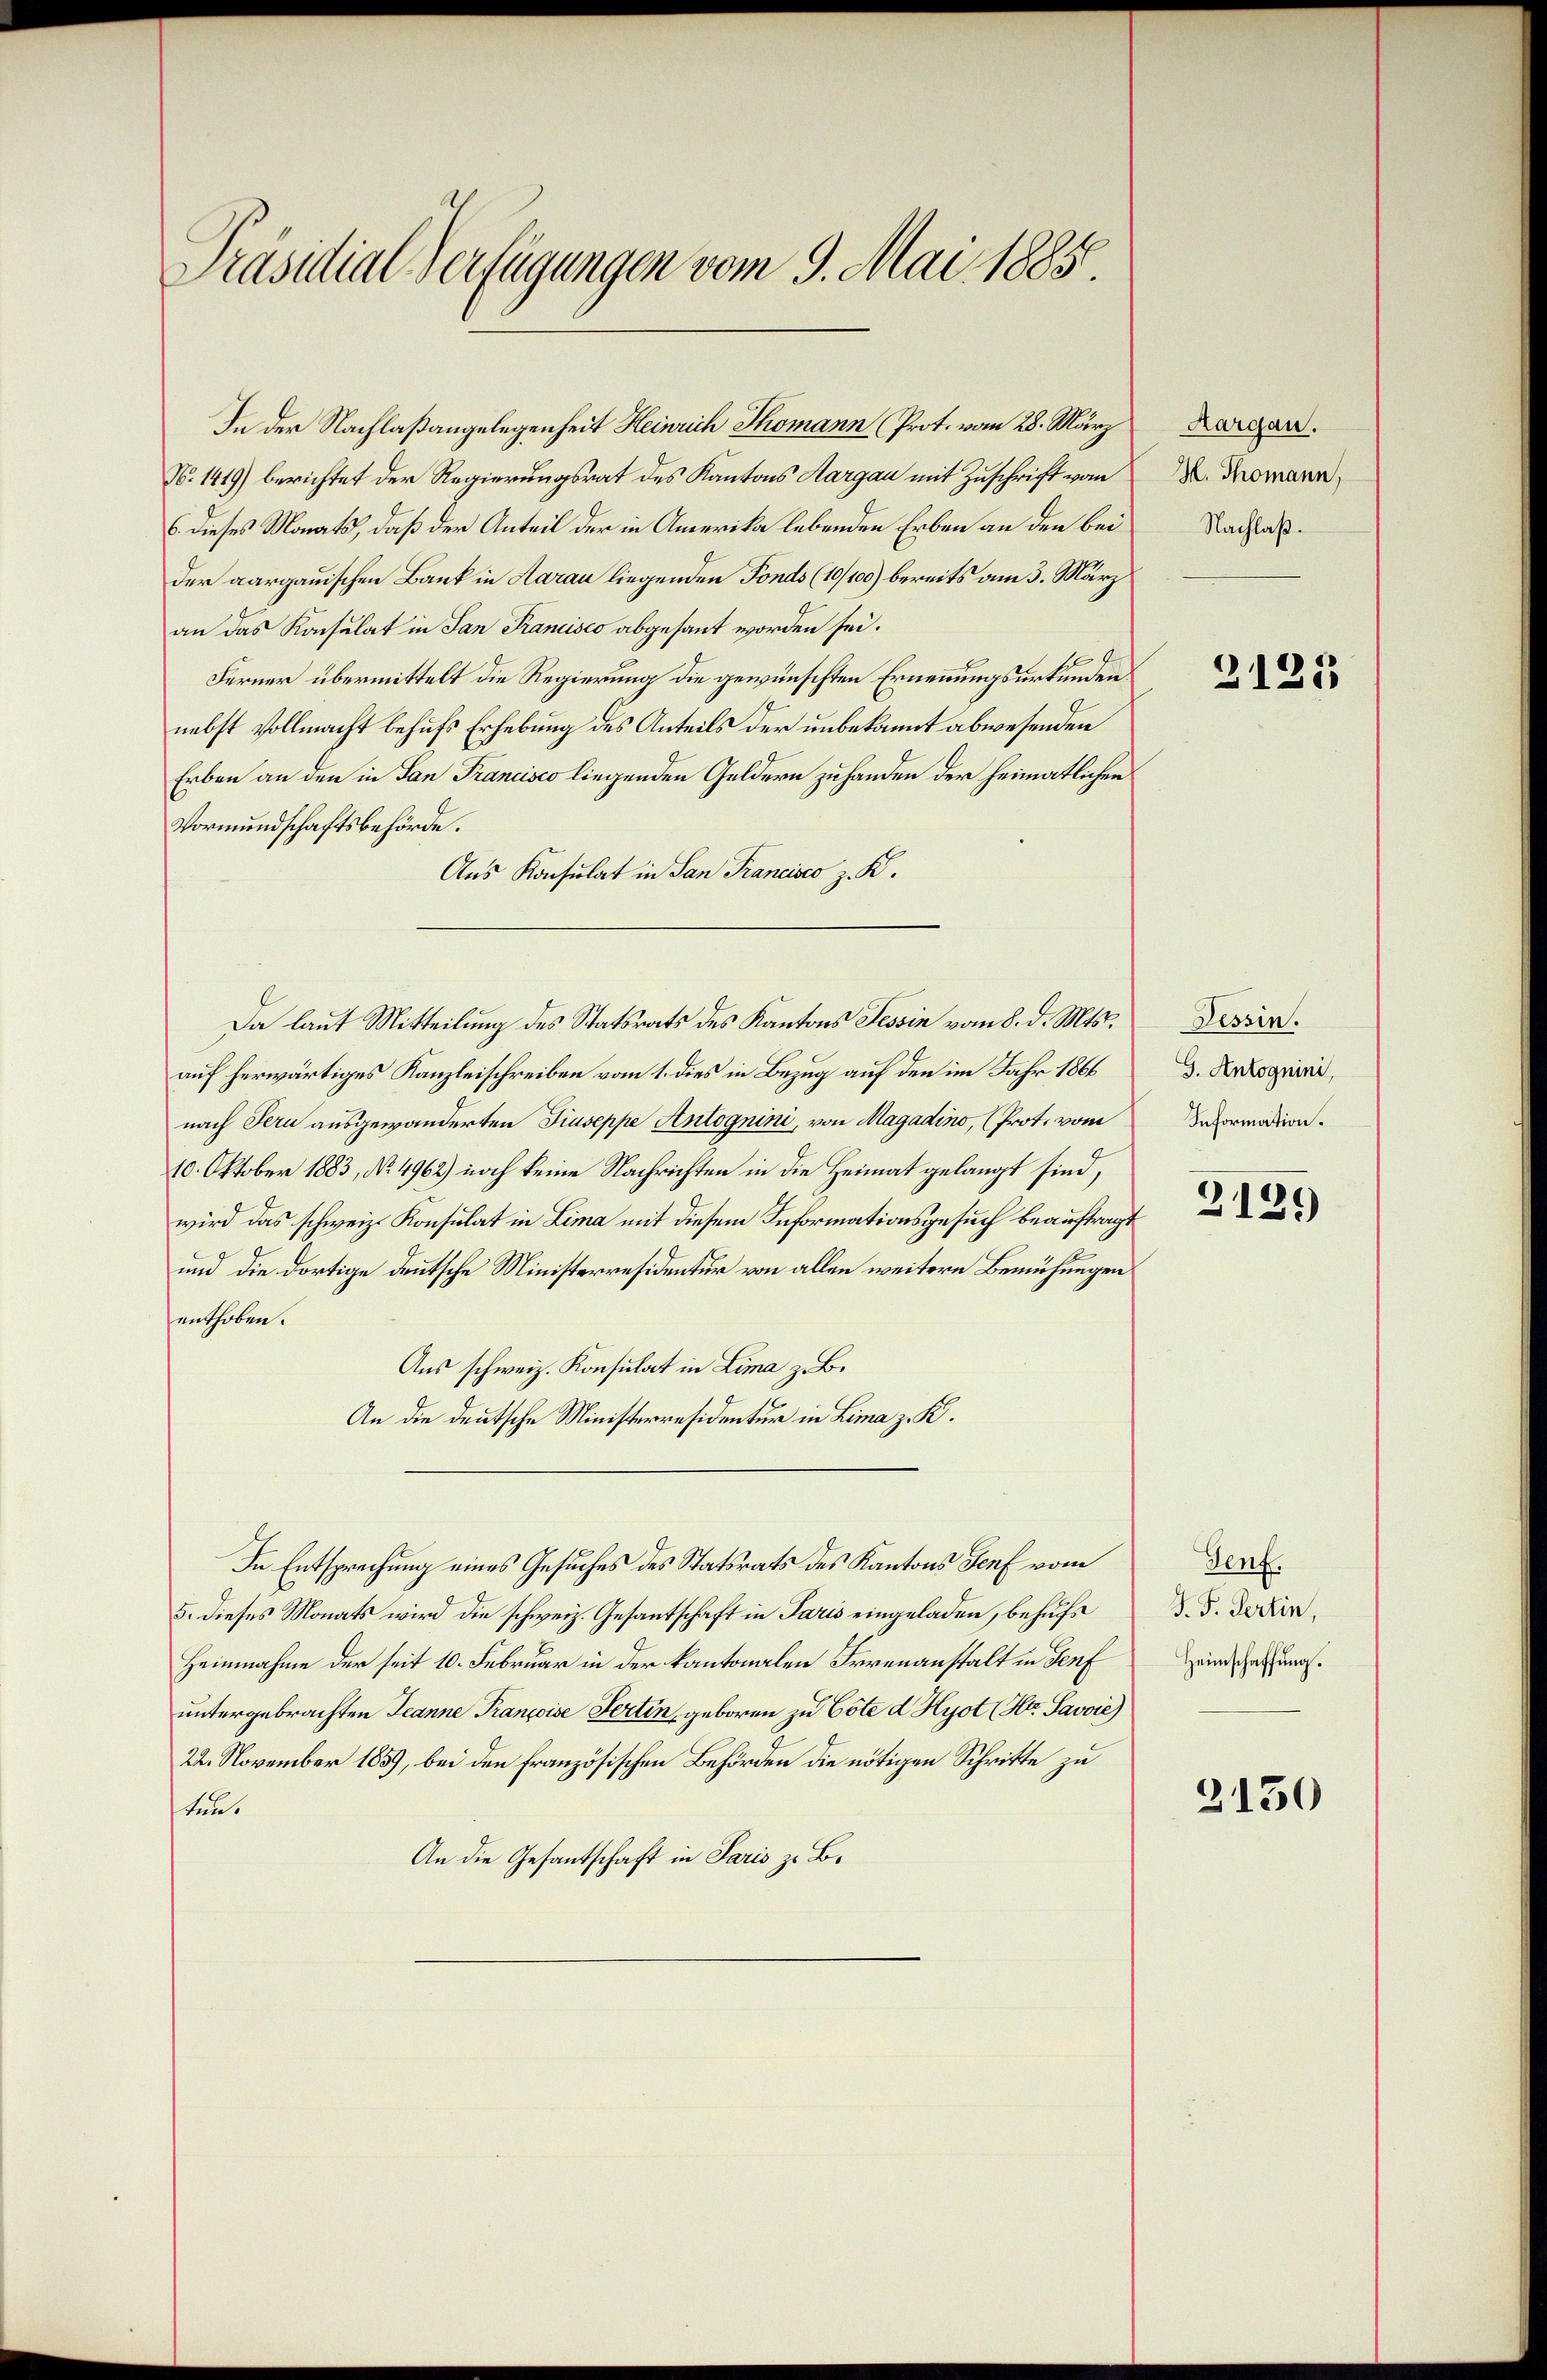
Präsidial-Verfügungen vom 9. Mai 1885

In der Nachlaßangelegenheit Heinrich Thomann (Prot. vom 28. März
N. 1419) berichtet der Regierungsrat des Kantons Aargau mit Zuschrift vom
6. dieses Monats, daß der Anteil der in Amerika lebenden Erben an den bei
der aargauischen Bank in Aarau liegenden Fonds (10/100) bereits am 3. März
an das Konsulat in San Francisco abgesant worden sei.
Ferner übermittelt die Regierung die gewünschten Ernennungsurkunden
nebst vollmacht behufs Erhebung des Anteils der unbekannt abwesenden
Erben an den in San Francisco liegenden Geldern zuhanden der heimatlichen
Vormundschaftsbehörde.
Aus Konsulat in San Francisco z. K.
auf herwärtiges Kanzleischreiben vom 1. dies in Bezug auf den im Jahr 1866
nach Sera ausgewänderten Giuseppe Antognini, von Magadino, (Prot. vom
10. Oktober 1883, No. 4962) noch keine Nachrichten in die Heimat gelangt sind,
wird das schweiz. Konsulat in Lima mit diesem Informationsgesuch beauftragt
und die dortige deutsche Ministerresidentur von allen weitere Bemühungen
enthoben.
Aus schweiz. Konsulat in Lima z. B.
An die deutsche Ministerresidentur in Lima z. K.
In Entsprechung eines Gesuches des Statsrats des Kantons Genf vom
5. dieses Monats wird die schweiz. Gesantschaft in Paris eingeladen, behufs
Heinnahme der seit 10. Februar in der kantonalen Irrenanstalt in Genf
untergebrachten Jeanne Françoise Pertin geboren zu Cöte d Hyot (Hr. Savoie)
22. November 1859, bei den französischen Behörden die nötigen Schritte zu
ten.
An die Gesantschaft in Paris zu B.

Da laut Mitteilung des Statsrats des Kantons Tessin vom 8. d. Mts.

Aargau.
H. Thomann,
Nachlaß.

2125

Tessin.
G. Antognini,
Information.

2129

Genf.
J. F. Fertin,
Heimschaffung.

2150